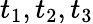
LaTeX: t_{1},t_{2},t_{3}